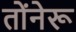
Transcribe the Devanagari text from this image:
तोंनेरू